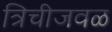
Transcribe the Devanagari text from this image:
त्रिचीजवळ